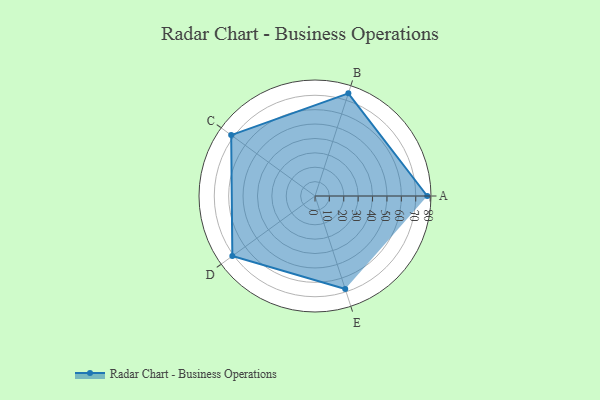
{"axis": {"x": "Skill", "y": "Score"}, "legend": ["Profile"], "data": [{"x": "A", "y": 78.0, "type": "Profile"}, {"x": "B", "y": 75.0, "type": "Profile"}, {"x": "C", "y": 72.0, "type": "Profile"}, {"x": "D", "y": 71.0, "type": "Profile"}, {"x": "E", "y": 68.0, "type": "Profile"}]}